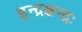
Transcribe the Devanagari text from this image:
इन्द्रश्चन्द्रः